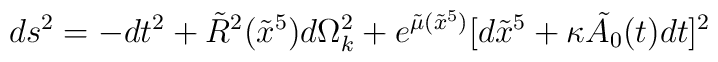
ds^2 = -dt^2 + \tilde{R}^2(\tilde{x}^5) d\Omega^2_k +e^{\tilde{\mu}(\tilde{x}^5)} [d\tilde{x}^5 + \kappa\tilde{A_0}(t)dt ]^2